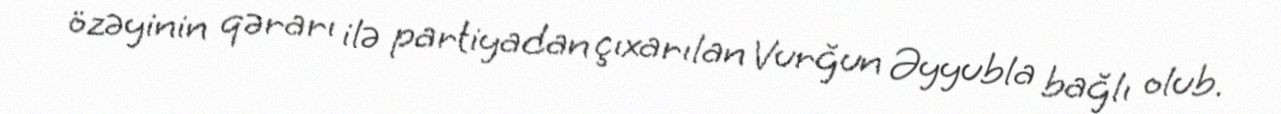
özəyinin qərarı ilə partiyadan çıxarılan Vurğun Əyyubla bağlı olub.